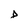
Character: D